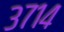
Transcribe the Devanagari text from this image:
३७१४